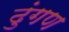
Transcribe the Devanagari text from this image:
ढुंगण